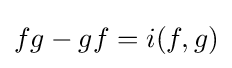
fg-gf=i(f,g)